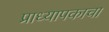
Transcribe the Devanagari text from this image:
प्राध्यापकाचा